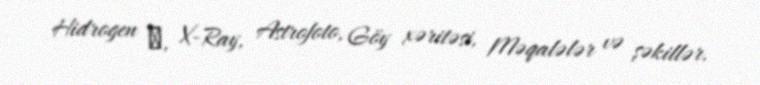
Hidrogen α, X-Ray, Astrofoto, Göy xəritəsi, Məqalələr və şəkillər.